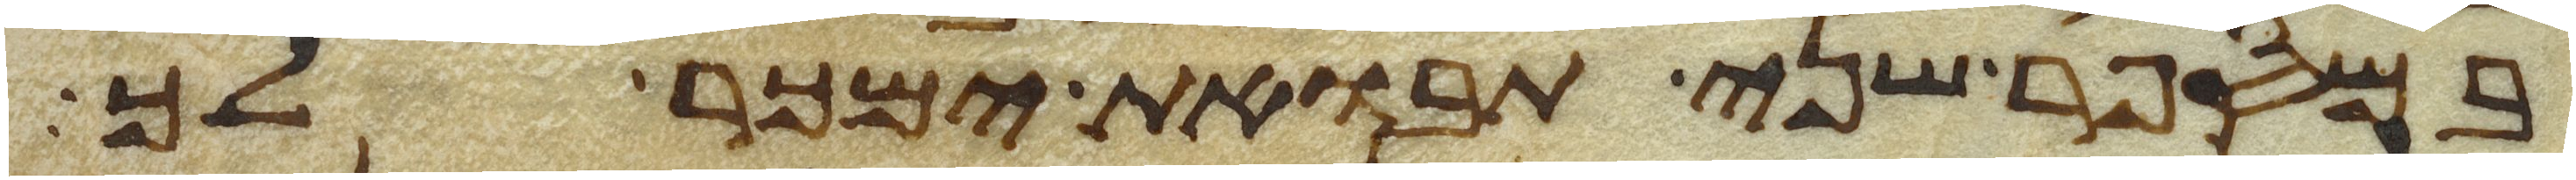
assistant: במספר שני תבואת ימכר לך